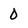
Character: 0